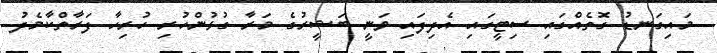
މައިގަނޑު ގޮތެއްގައި ސިޓީގައި އެދިފައި ވަނީ ބަޝީރުގެ މަރާ ގުޅުންހުރި ހުރިހާ ފަރާތްކާމެދު